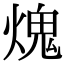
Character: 𤌋